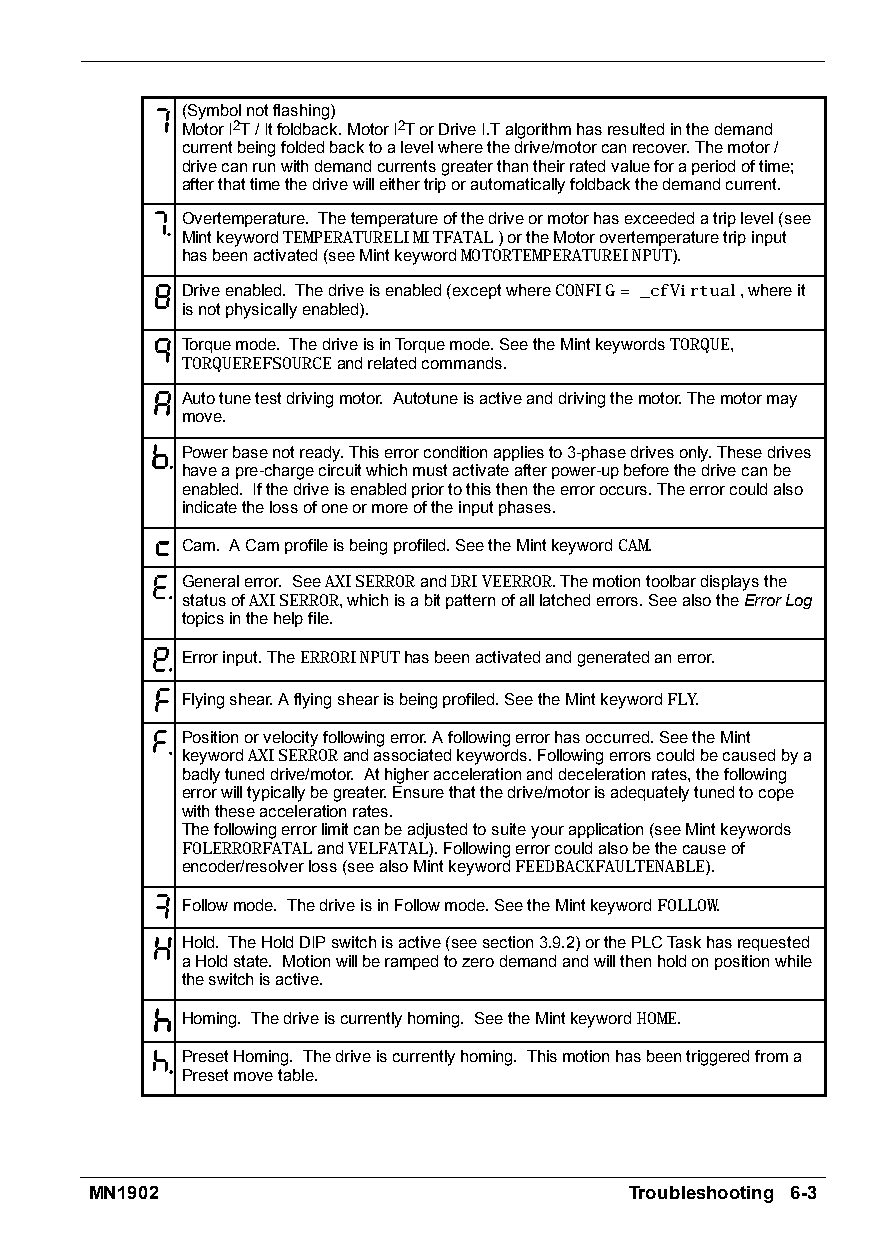
(Symbolnotflashing)
 MotorI2T/Itfoldback.MotorI2TorDriveI.Talgorithmhasresultedinthedemand
 currentbeingfoldedbacktoalevelwherethedrive/motorcanrecover.Themotor/
 drivecanrunwithdemandcurrentsgreaterthantheirratedvalueforaperiodoftime;
 afterthattimethedrivewilleithertriporautomaticallyfoldbackthedemandcurrent.
 Overtemperature. Thetemperatureofthedriveormotorhasexceededatriplevel(see
 MintkeywordTEMPERATURELIMITFATAL)ortheMotorovertemperaturetripinput
 hasbeenactivated(seeMintkeywordMOTORTEMPERATUREINPUT).
 Driveenabled. Thedriveisenabled(exceptwhereCONFIG= _cfVirtual,whereit
 isnotphysicallyenabled).
 Torquemode. ThedriveisinTorquemode.SeetheMintkeywordsTORQUE,
 TORQUEREFSOURCEandrelatedcommands.
 Autotunetestdrivingmotor. Autotuneisactiveanddrivingthemotor.Themotormay
 move.
 Powerbasenotready.Thiserrorconditionappliesto3-phasedrivesonly.Thesedrives
 haveapre-chargecircuitwhichmustactivateafterpower-upbeforethedrivecanbe
 enabled. Ifthedriveisenabledpriortothisthentheerroroccurs.Theerrorcouldalso
 indicatethelossofoneormoreoftheinputphases.
 Cam. ACamprofileisbeingprofiled.SeetheMintkeywordCAM.
 Generalerror. SeeAXISERRORandDRIVEERROR.Themotiontoolbardisplaysthe
 statusofAXISERROR,whichisabitpatternofalllatchederrors.SeealsotheErrorLog
 topicsinthehelpfile.
 Errorinput.TheERRORINPUThasbeenactivatedandgeneratedanerror.
 Flyingshear.Aflyingshearisbeingprofiled.SeetheMintkeywordFLY.
 Positionorvelocityfollowingerror.Afollowingerrorhasoccurred.SeetheMint
 keywordAXISERRORandassociatedkeywords.Followingerrorscouldbecausedbya
 badlytuneddrive/motor. Athigheraccelerationanddecelerationrates,thefollowing
 errorwilltypicallybegreater.Ensurethatthedrive/motorisadequatelytunedtocope
 withtheseaccelerationrates.
 Thefollowingerrorlimitcanbeadjustedtosuiteyourapplication(seeMintkeywords
 FOLERRORFATALandVELFATAL).Followingerrorcouldalsobethecauseof
 encoder/resolverloss(seealsoMintkeywordFEEDBACKFAULTENABLE).
 Followmode. ThedriveisinFollowmode.SeetheMintkeywordFOLLOW.
 Hold. TheHoldDIPswitchisactive(seesection3.9.2)orthePLCTaskhasrequested
 aHoldstate. Motionwillberampedtozerodemandandwillthenholdonpositionwhile
 theswitchisactive.
 Homing. Thedriveiscurrentlyhoming. SeetheMintkeywordHOME.
 PresetHoming. Thedriveiscurrentlyhoming. Thismotionhasbeentriggeredfroma
 Presetmovetable.
 MN1902                              Troubleshooting 6-3